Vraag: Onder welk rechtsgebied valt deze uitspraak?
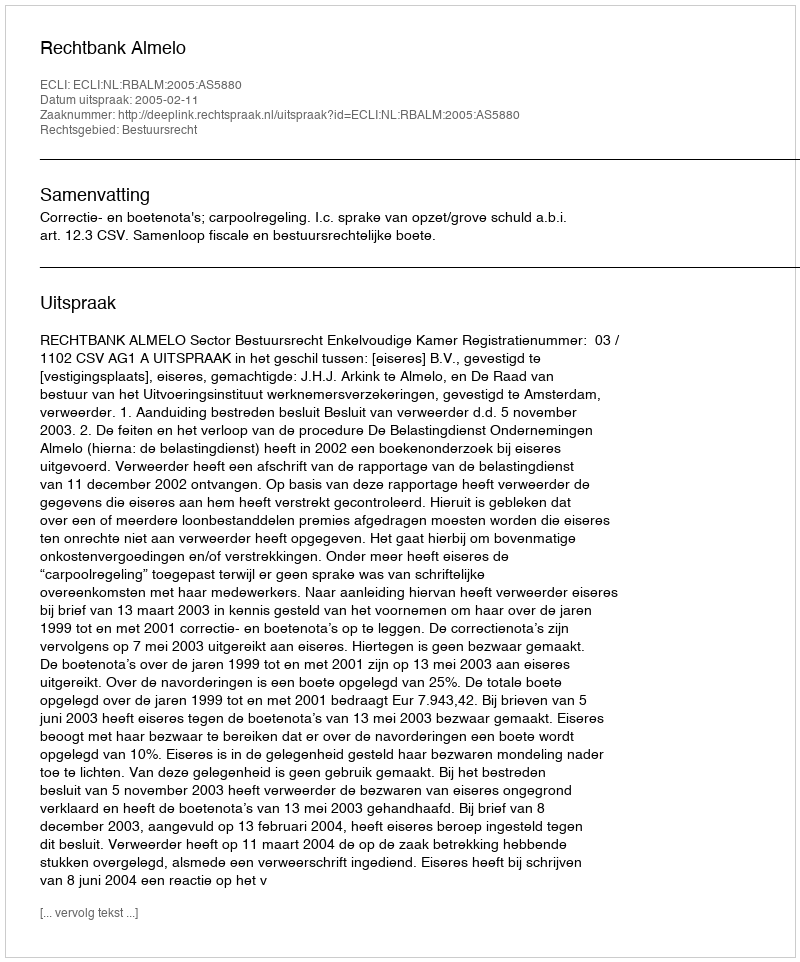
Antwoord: Bestuursrecht